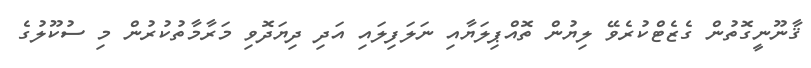
ޤާނޫނީގޮތުން ގެޒެޓްކުރެވޭ ލިޔުން ތޮއްޕިލަޔާއި ނަލަފިލައި އަދި ދިޔަދޮވި މަރާމާތުކުރުން މި ސުކޫލުގެ